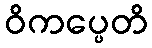
ဝိကပ္ပေတိ